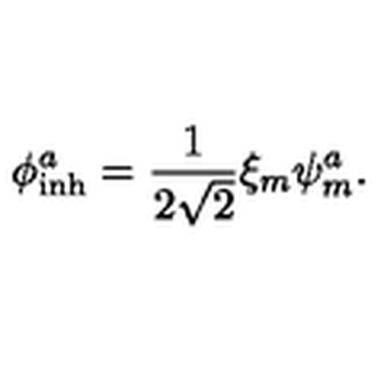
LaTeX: \phi _ { \mathrm { i n h } } ^ { a } = \frac { 1 } { 2 \sqrt { 2 } } \xi _ { m } \psi _ { m } ^ { a } .